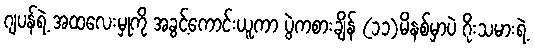
ဂျပန်ရဲ့ အထလေးမှုကို အခွင့်ကောင်းယူကာ ပွဲကစားချိန် (၁၁)မိနစ်မှာပဲ ဂိုးသမားရဲ့